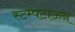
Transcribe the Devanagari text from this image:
स्टम्पटाऊन